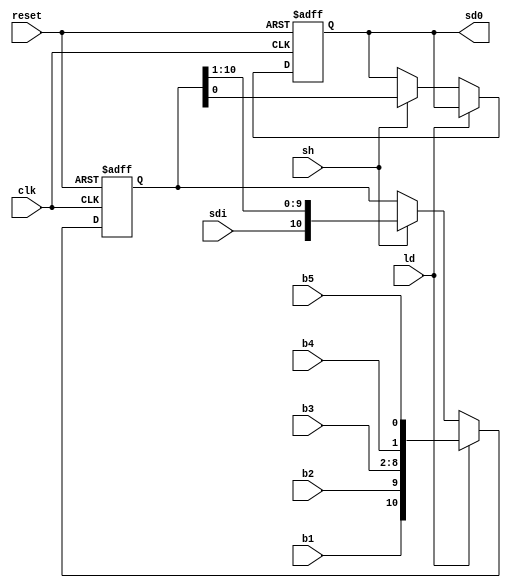
`timescale 1ns / 1ps
//****************************************************************//
// //
// Created by Steven Wang on 10/16/2018 8:20 PM. //
// Copyright  2018 Steven Wang. All rights reserved. //
// //
// //
// In submitting this file for class work at CSULB //
// I am confirming that this is my work and the work //
// of no one else. In submitting this code I acknowledge that //
// plagiarism in student project work is subject to dismissal. //
// from the class //
//****************************************************************//
//The shift register is the register that is responsible on transmitting
//serial data input.
//The register is shifted 1 bit at a time to the right.
//Whenever a load signal is on, we set the data to the 11 bits of data that is loaded
//b1 = (output of decode) the MSB 
//b2 = (output of decode)
//b3 = 7 bits of data
//b4 = 0 (start bit)
//b5 = 1 (mark) the LSB

//Whenever we shift bits to the right, the MSB is always a 1 (mark bit)

module shift_register(clk,reset,ld,sh,sdi,b1,b2,b3,b4,b5,sd0); 
input ld,sh,sdi; //sdi = serial data in
input clk,reset;
input b1,b2;
input [6:0] b3;
input b4,b5;
output reg sd0;
reg [10:0] data;
always @(posedge clk, posedge reset)
	//Reset triggered, reset data and data output
	if (reset) begin
		data <= 11'b11111_11111_1;
		sd0 <= 1'b1;
	//Should we load another 11 bits of data
	end else if (ld) 
		//Load the 10 bit data
		data <= {b1,b2,b3,b4,b5};
	//Should we shift the bit?
	else if (sh) begin 
		//Shift the data to the right by 1
		data <= {sdi,data[10:1]};
		//Followed by output the data the most to the right as output
		sd0 <= data[0];
end
endmodule